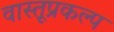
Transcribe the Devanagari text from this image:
वास्तूप्रकल्प